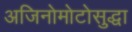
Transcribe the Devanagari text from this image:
अजिनोमोटोसुद्धा